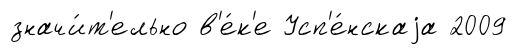
значи́т'ельно в'е́к'е Усп'е́нскаjа 2009